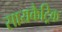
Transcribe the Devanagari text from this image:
सायकैट्रिक